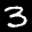
Label: 3